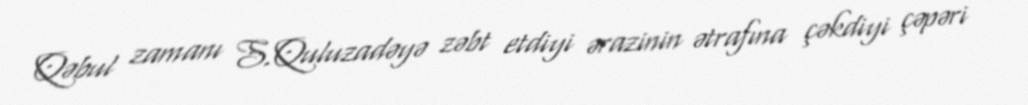
Qəbul zamanı S.Quluzadəyə zəbt etdiyi ərazinin ətrafına çəkdiyi çəpəri